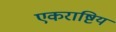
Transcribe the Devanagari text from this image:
एकराष्टिय